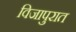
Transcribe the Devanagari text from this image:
विजापुरात